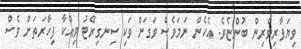
ވިޔަފާރިވެރިން ބުންޏެވެ. އެހެން ނަމަވެސް ވަގަށް ވަކި ސިނގިރޭޓު ވިއްކާ ފިހާރަތަށް ވެސް